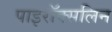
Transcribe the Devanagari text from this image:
पाइरॉक्सलिन